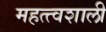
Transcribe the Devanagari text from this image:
महत्त्वशाली